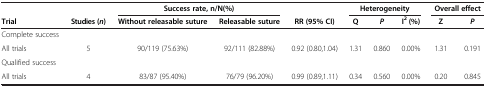
<table><thead><tr><td rowspan="2"><b>Trial</b></td><td rowspan="2"><b>Studies ( <i>n </i>)</b></td><td colspan="2"><b>Success rate, n/N(%)</b></td><td rowspan="2"><b>RR (95% CI)</b></td><td colspan="3"><b>Heterogeneity</b></td><td colspan="2"><b>Overall effect</b></td></tr><tr><td><b>Without releasable suture</b></td><td><b>Releasable suture</b></td><td><b>Q</b></td><td><b><i>P</i></b></td><td><b>I<sup>2</sup> (%)</b></td><td><b>Z</b></td><td><b><i>P</i></b></td></tr></thead><tbody><tr><td>Complete success</td><td> </td><td> </td><td> </td><td> </td><td> </td><td> </td><td> </td><td> </td><td> </td></tr><tr><td>All trials</td><td>5</td><td>90/119 (75.63%)</td><td>92/111 (82.88%)</td><td>0.92 (0.80,1.04)</td><td>1.31</td><td>0.860</td><td>0.00%</td><td>1.31</td><td>0.191</td></tr><tr><td colspan="10">Qualified success</td></tr><tr><td>All trials</td><td>4</td><td>83/87 (95.40%)</td><td>76/79 (96.20%)</td><td>0.99 (0.89,1.11)</td><td>0.34</td><td>0.560</td><td>0.00%</td><td>0.20</td><td>0.845</td></tr></tbody></table>